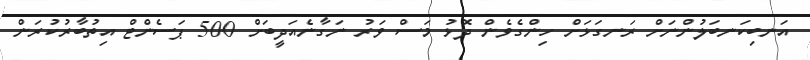
އަނބިކަނބަލުންނަށް ރަނގަޅަށް ހިންގެވެން ދޮޅު މަސް ވަރު ނަގާނެއަދީބަށް 500 ޕަސެންޓް އިތުބާރުކުރަން